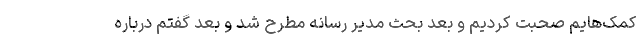
کمک‌هایم صحبت کردیم و بعد بحث مدیر رسانه مطرح شد و بعد گفتم درباره